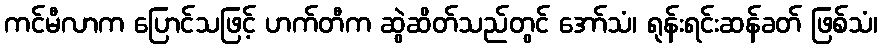
ကင်မီလာက ပြောင်သဖြင့် ဟက်တီက ဆွဲဆိတ်သည်တွင် အော်သံ၊ ရုန်းရင်းဆန်ခတ် ဖြစ်သံ၊